Memorandum on the prevention of leprosy by segregation of the affected
Disease focus: Leprosy
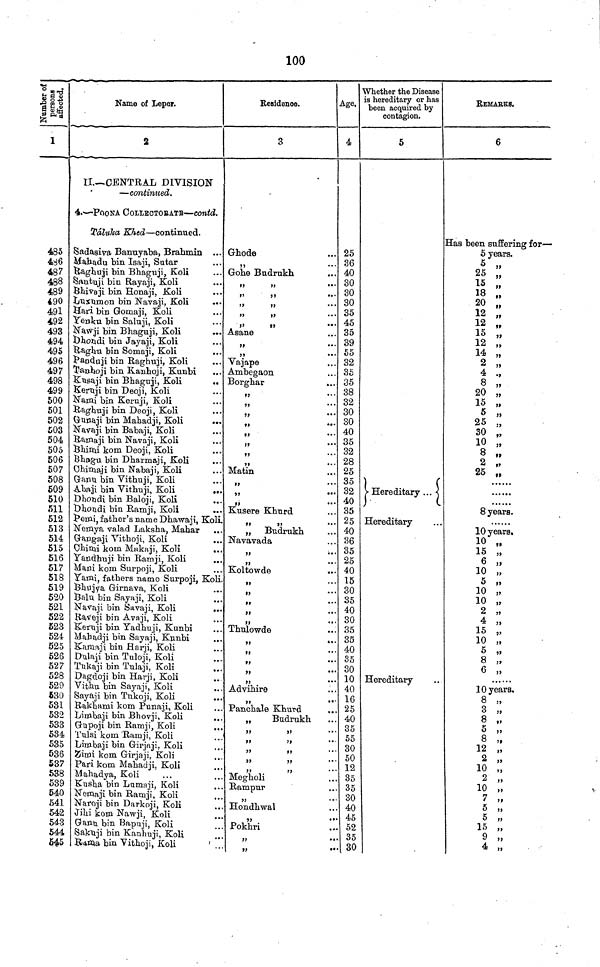
100
Number of
persons
affected.
1
485
486
487
488
489
490
491
492
493
494
495
496
497
498
499
500
501
502
503
504
505
506
507
508
509
510
511
512
513
514
515
516
517
518
519
520
521
522
523
524
525
526
527
528
529
530
531
532
533
534
535
536
537
538
539
540
541
542
543
544
545
Name of Leper.
2
II.— CENTRAL DIVISION
— continued.
4.— POONA COLLECTORATE — contd.
Talulta Khed — continued.
Sadasiva Bannyaba, Brahmin
Mahadu bin Isaji, Sutar
ßaghuji bin Bhaguji, Koli
Santuji bin Rayaji, Koli
Bhivaji bin Honaji, Koli
Luxumon on bin Navaji, Koli
Hari bin Gomaji, Koli
Yenku bin Saluji, Koli
Nawji bin Bhaguji, Koli
Dhondi bin Jayaji, Koli
Raghu bin Somaji, Koli
Panduji bin Raghuji, Koli
Tanhoji bin Kanhoji, Kunbi
Kusaji bin Bhaguji, Koli
Keruji bin Deoji, Koli
Nami bin Keruji, Koli
Raghuji bin Deoji, Koli
Gunaji bin Mahadji, Koli
..
Navaji bin Babaji, Koli
Ramaji bin Navaji, Koli
Bhimi kom Deoji, Koli
Bhagu bin Dharmaji, Koli
Chimaji bin Nabaji, Koli
Ganu bin Vithuji, Koli
Abaji bin Vithuji, Koli
..
Dhondi bin Baloji, Koli
Dhondi bin Ramji, Koli
Pemi. father's name Dhawaji, Koli
Nemya valad Laksha, Mahar ...
Gangaji Vithoji, Koli
Chimi kom Makaji, Koli
Yandhuji bin Ramji, Koli
Mani kom Surpoji, Koli
Yami, fathers name Surpoji, Koli.
Bhujya Girnava, Koli
Balu bin Sayaji, Koli
Navaji bin Savaji, Koli
Raveji bin Avaji, Koli
Keruji bin Yadhuji, Kunbi
Mahadji bin Sayaji, Kunbi
Kamaji bin Harji, Koli
Dalaji bin Tuloji, Koli
Tukaji bin Tulaji, Koli
Dagdoji bin Harji, Koli
Vithu bin Sayaji, Koli
Sayaji bin Tukoji, Koli
Rakhami kom Punaji, Koli
Limbaji bin Bhovji, Koli
Gupoji bin Ramji, Koli
Tulsi kom 'Ramji, Koli
Limbaji bin Girjaji, Koli
Zimi kom Girjaji, Koli
Pari kom Mahadji, Koli
Mahadya, Koli
Kusha bin Lumaji, Koli
Nemaji bin Ramji, Koli
Naroji bin Darkoji, Koli
Jihi kom Nawji, Koli
Ganu bin Bapuji, Koli
Sakuji bin Kanhuji, Koli
'.
Rama bin Vithoji, koli
Residence.
3
Ghode
,,
...
Gohe Budrukh
„
...
»
•••
,,
...
,,
...
»»
•••
Asane
99
* * "
,,
...
Vajape
Ambegaon
Borghar
,,
...
99
...
99
...
,,
•••
,,
...
»
...
,,
* * '
99
...
Matin
99
...
,,
...
,,
...
Kusere Khurd
,,
,,
...
„ Budrukh
Navavada
99
* * '
Koltowde
...
,,
...
,,
...
Thulowde
...
99
* *
99
,,
...
,,
...
Advu.ir9
,,
...
Panchale Khurd
„
Budrukh
19
99
'
,,
,,
...
,,
,,
'
99
99
,,
,,
...
Megholi
Rampur
,,
'
Hondhwal
Pokhri
...
99
••
99
*'
Age,
4
25
36
40
30
30
30
35
45
35
39
55
32
35
35
38
32
30
30
40
35
32
28
25
35
32
40
35
25
40
36
35
25
40
15
30
35
40
30
35
35
40
35
30
10
40
16
25
40
35
55
30
50
12
35
35
30
40
45
52
35 35
30
Whether the Disease
is hereditary or has
been acquired by
contagion.
5
Hereditary
Hereditary
Hereditary
REMARKS.
6
Has been suffering for—
5 years.
5 „
25 „
15 ,,
18 „
20 „
12 „
12 „
15 „
12 „
14 „
2 „
4 .,
8 „
20 „
15 „
5 „
25 „
30 „
10 „
8 „
2 „
25 „
8 years.
10 years.
10 „
15 „
6 „
10 „
5 ,,
10 „
10
2
4
15
10
5
8
6 ,,
10 years.
8 „
3 „
8 „
5 99
5
,,
8 „
12 „
2 „
2
,,
10 „
2 „
10 „
7 „
7
,,
5 ,,
5 »
15 „
9 „
4 „